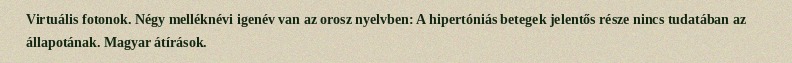
Virtuális fotonok. Négy melléknévi igenév van az orosz nyelvben: A hipertóniás betegek jelentős része nincs tudatában az állapotának. Magyar átírások.